Vaccination in Bombay 1902-1912 - 1902-1912
Year: 1902
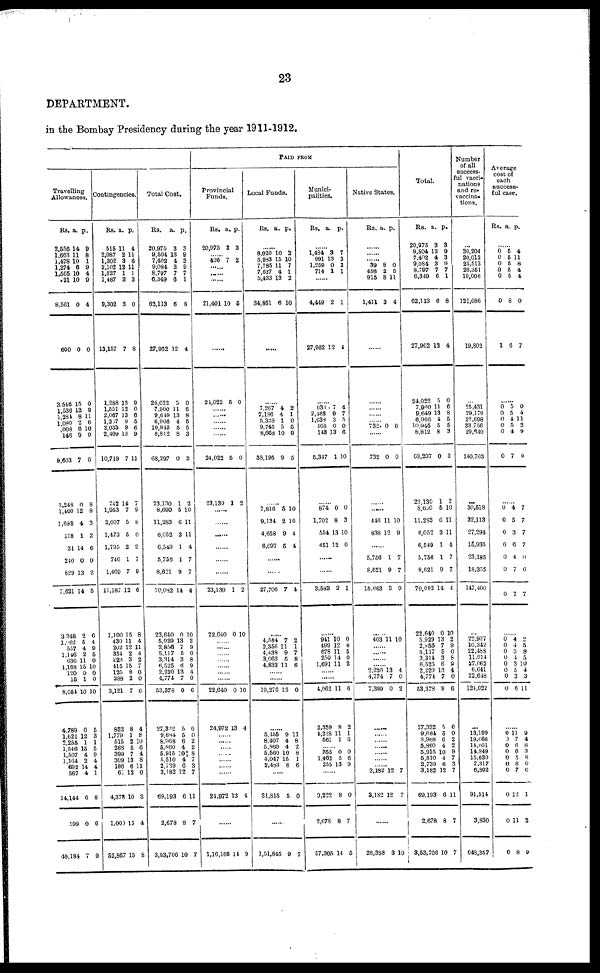
23
DEPARTMENT.
in the Bombay Presidency during the year 1911-1912.
PAID FROM
Travelling
Allowances.
Rs.
2,656
1,663
1,478
1,274
1,565
21
8,561
600
3,546
1,536
1,284
1,080
1,008
146
9,603
3,248
1,460
1,693
118
31
240
829
7,621
3,348
1,962
557
1,146
636
1,168
120
15
8,054
4,789
1,621
2,255
1,546
1,507
1,164
692
567
14,144
599
49,184
a.
14
11
10 6
10
10
0
0
15
12
8
2
6
9
7
0
12
4
1
14
0
13
14
2
5
4
2
11
15
0
1
10
0
12
1
15
4
2
14
4
6
0
7
p.
9
8
1
9
4
9
4
0
0
9
11
6
10
0
0
8
8
3
2
6
0
2
5
6
4
9
5
0
10
0
0
10
5
3
1
5
9
4
4
1
8
6
9
Contingencies.
Rs.
515
2,087
1,302
2,102
1,827
1,467
9,302
13,157
1,288
1,551
2,067
1,367
2,033
2,409
10,719
742
1,953
3,007
1,473
1,795
746
1,469
11,187
1,100
430
202
334
223
415
125
288
3,121
852
1,779
515
268
399
309
186
67
4,378
1,000
52,867
a.
11
2
3
12
1
3
3
7
13
12
13
9
9
13
7
14
7
5
5
2
1
7
12
15
11
12
2
3
15
8
2
7
8
1
2
5
7
13
6
12
10
15
15
p.
4
11
6
11
1
3
0
8
9
0
6
5
6
9
11
7
9
8
0
2
7
9
6
8
4
11
4
2
7
0
0
0
4
8
10
6
4
8
11
0
3
4
8
Total Cost.
Rs.
20,975
9,504
7,402
9,084
8,797
6,349
62,113
27,962
24,022
7,900
9,649
6,966
10,945
8,812
68,297
23,130
8,690
11,283
6,052
6,549
5,758
8,621
70,082
23,640
5,929
2,856
5,117
3,314
6,525
2,220
4,774
53,378
27,332
9,684
8,968
5,860
5,915
5,510
2,739
3,182
69,193
2,678
3,53,706
a.
3
13
4
3
7
6
6
12
5
11
13
4
5
8
0
1
5
6
3
1
1
9
14
0
13
7
5
3
6
13
7
9
5
5
6
4
10
4
6
12
6
8
10
p.
3
9
3
9
7
1
8
4
0
6
8
5
5
3
3
2
10
11
11
4
7
7
4
10
2
9
0
8
9
4
0
6
6
0
2
2
8
7
3
7
11
7
7
Provincial
Funds.
Rs.
20,975
a.
3
p.
3
...... 426 7 2
......
......
......
21,401 10 5
......
24,022 5 0
......
......
......
......
......
24,022
23,130
5
1
0
2
......
......
......
......
......
......
23,130
22,640
1
0
2
10
......
......
......
......
......
......
......
22,640
24,972
0
13
10
4
......
......
......
......
......
......
......
21,972 13 4
......
1,16,166 14 9
Local Funds.
Rs.
a. p.
......
8,020
5,983
7,785
7,627
5,433
34,851
10
15
11
4
13
6
2
10
7
1 2
10
......
......
7,267
7,186
5,328
9,745
8,668
38,195
4
4
1
5
10
9
2
1
0
5
9
5
......
7,816
9,134
4,658
6,097
5
2
9
5
10
10
4
4
......
......
27,706 7 4
......
4,584
2,356
4,438
3,063
4,833
7
11
9
5
11
2
1
7
8
6
......
......
19,276 13 0
......
5,155
8,407
5,860
5,560
4,047
2,483
9
4
4
10
15
8
11
8
2
8
1
6
......
31,815 5 0
......
1,51,845 9 7
Munici-
palities.
Rs.
a.
p.
......
1,484
991
1,259
714
3
13
0
1
7
3
2
1
......
4,449
27,962
2
12
1
4
......
633
2,463
1,038
468
143
5,347
7
9
3
0
13
1
4
7
5
0
6
10
......
874
1,702
554
451
0
8
13
12
0
3
10
0
......
......
3,583 2 1
......
941
499
678
250
1,691
10
12
11
14
11
0
8
5
0
3
......
......
4,062
2,359
4,228
561
11
8
11
1
6
2
1
6
...... 355
1,462
255
0
5
13
0
6
9
......
9,222
2,678
57,305
8
8
14
0
7
5
Native States.
Rs. a. p.
......
......
...... 39
458
915
1,411
8
2
8
3
0 5
11
4
......
......
......
......
...... 732 0 0
......
732 0 0
......
......
446
838
11
12
10
9
......
5,756
8,621
15,663
1
9
3
7
7
9
......
403 11 10
......
......
......
...... 2,220
4,774
7,399
13
7
0
4
0
2
......
......
......
......
......
......
...... 3,182
3,182
12
12
7
7
......
28,388 3 10
Total.
Rs.
20,975
9,504
7,402
9,084
8,797
6,349
62,113
27,962
24,022
7,900
9,649
6,966
10,945
8,812
68,297
23,130
8,630
11,283
6,052
6,549
5,756
8,621
70,082
22,640
5,929
2,856
5,117
3,314
6,525
2,220
4,774
53,378
27,332
9,684
8,968
5,860
5,915
5,510
2,739
3,182
69,193
2,678
3,53,706
a.
3
13
4
3
7
6
6
12
5
11
13
4
5
8
0
1
5
6
3
1
1
9
14
0
13
7
5
3
6
13
7
9
5
5
6 4
10
4
6
12
6
8
10
p.
3
9
3
9
7 1
8
4
0
6
8
5
5
3
3
2
0
11
11
4
7
7
4
10
2
9
0
8
9
4
0
6
6
0
2
2
8
7
3
7
11
7
7
Number
of all
success-
ful vacci-
nations
and re-
vaccina-
tions.
...
30,204
20,012
25,513
26,351
19,006
121,086
19,802
...
25,431
29,178
22,698
33,756
29,654
140,703
...
30,518
32,113
27,294
16,935
23,185
18,355
147,400
...
22,927
10,342
22,488
11,914
27,063
6,641
22,648
124,022
...
13,199
19,666
14,051
14,849
15,630
7,317
6,802
91,514
3,830
048,357
Average
cost of
each
success-
ful case.
Rs. a. p.
......
0
0
0
0
0
0
1
5
5
5
5
5
8
6
4
11
8
4
4
0
7
......
0
0
0
0
0
0
5
5
4
5
4
7
0
4
11
2
9
9
......
0
0
0
0
0
0
0
4
5
3
6
4
7
7
7
7
7
7
0
6
7
......
0
0
0
0
0
0
0
0
4
4
3
4
3
5
3
6
2
5
8
5
10
4
3
11
......
0
0
0
0
0
0
0
0
0
0
11
7
6
6
5
6
7
12
11
8
9
4
8
3
8
0
6
1
2
9